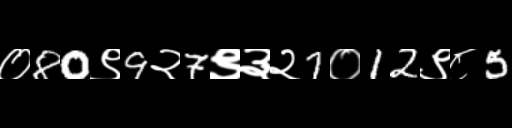
Text: ०80९9२7९३२7०12९८5